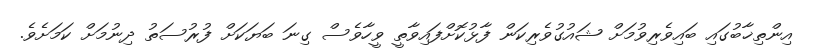
އިންތިޚާބުގައި ބައިވެރިވުމަށް ޝައުގުވެރިކަން ފާޅުކޮށްފައިވާތީ ވީހާވެސް ގިނަ ބަޔަކަށް ފުރުސަތު ދިނުމަށް ކަމަށެވެ.